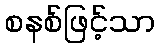
စနစ်ဖြင့်သာ